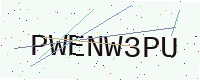
Text: PWENW3PU